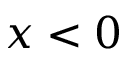
x < 0